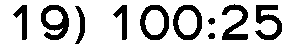
19) 100:25